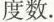
度数。